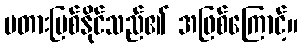
မတားမြစ်နိုင်သည်၏ အဖြစ်ကြောင့်။